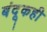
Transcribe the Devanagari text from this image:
बंदूकही